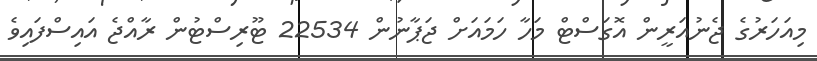
މިއަހަރުގެ ޖެނުއަރީން އޮގަސްޓް މަހާ ހަމައަށް ޖަޕާނުން 22534 ޓޫރިސްޓުން ރާއްޖެ އައިސްފައިވެ